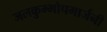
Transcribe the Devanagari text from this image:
जलकुम्भोपमार्जनी